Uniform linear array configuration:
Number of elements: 8
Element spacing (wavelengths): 0.75
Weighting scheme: hamming
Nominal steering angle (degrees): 30
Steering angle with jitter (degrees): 30.282
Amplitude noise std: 0.05
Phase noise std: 0.05

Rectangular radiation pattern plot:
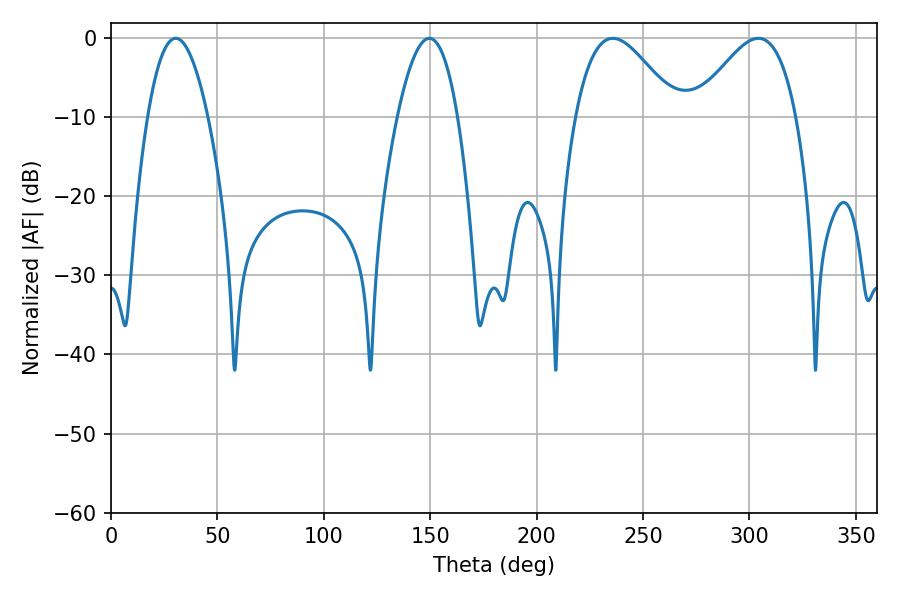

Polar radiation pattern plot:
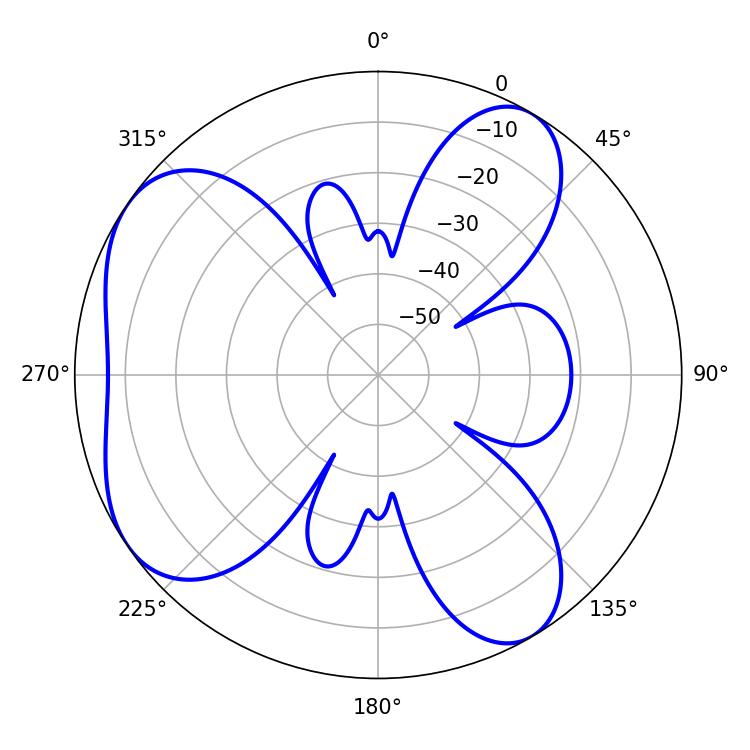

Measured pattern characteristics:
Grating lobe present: TRUE
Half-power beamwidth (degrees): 25.56
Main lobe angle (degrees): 235.8